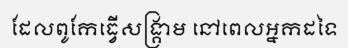
ដែលពូកែធ្វើសង្គ្រាម នៅពេលអ្នកដទៃ